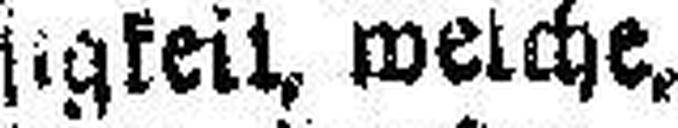
sigkeit welche,